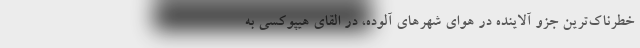
خطرناک‌ترین جزو آلاینده در هوای شهرهای آلوده، در القای هیپوکسی به